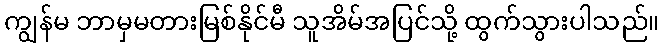
ကျွန်မ ဘာမှမတားမြစ်နိုင်မီ သူအိမ်အပြင်သို့ ထွက်သွားပါသည်။